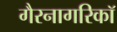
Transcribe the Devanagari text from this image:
गैरनागरिकॉ